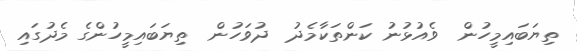
ތިޔަބައިމީހުން  ވެއުޅުނު ކަންތަކާމެދު  ދުވަހުން  ތިޔަބައިމީހުންގެ މެދުގައި